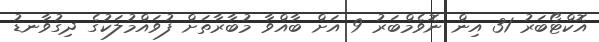
އޮކްޓޯބަރު 31 އިން ނޮވެމްބަރު 9 އަށް ބާއްވާ މުބާރާތަށް ފުވައްމުލަކުގެ ދިގުވާނޑު